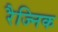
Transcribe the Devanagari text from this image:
रैज्निक